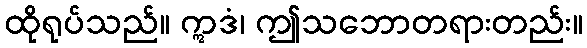
ထိုရုပ်သည်။ ဣဒံ၊ ဤသဘောတရားတည်း။